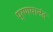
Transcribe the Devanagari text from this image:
प्रणयानंद